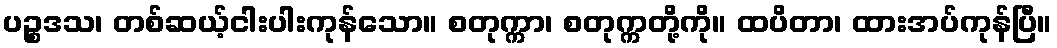
ပဉ္စဒသ၊ တစ်ဆယ့်ငါးပါးကုန်သော။ စတုက္ကာ၊ စတုက္ကတို့ကို။ ထပိတာ၊ ထားအပ်ကုန်ပြီ။